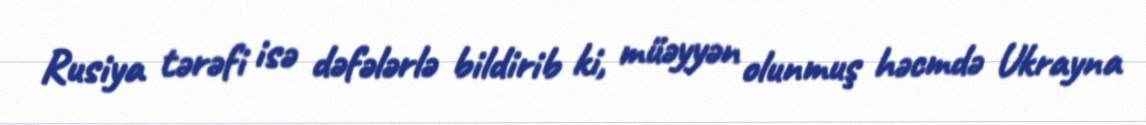
Rusiya tərəfi isə dəfələrlə bildirib ki, müəyyən olunmuş həcmdə Ukrayna